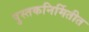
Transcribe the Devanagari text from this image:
पुस्तकनिर्मितीत